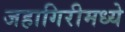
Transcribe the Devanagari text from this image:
जहागिरीमध्‍ये